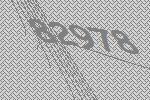
82978